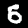
Digit: 5